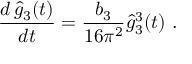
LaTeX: { \frac { d \, \hat { g } _ { 3 } ( t ) } { d t } } = { \frac { b _ { 3 } } { 1 6 \pi ^ { 2 } } } \hat { g } _ { 3 } ^ { 3 } ( t ) ~ .